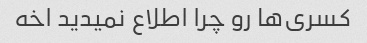
کسری‌ها رو چرا اطلاع نمیدید اخه